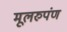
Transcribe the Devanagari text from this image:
मूलरुपंण